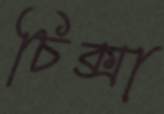
চিক্সা